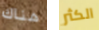
هناك الكثر